Report on vaccination in Madras 1895-1903 - 1895-1903
Year: 1895
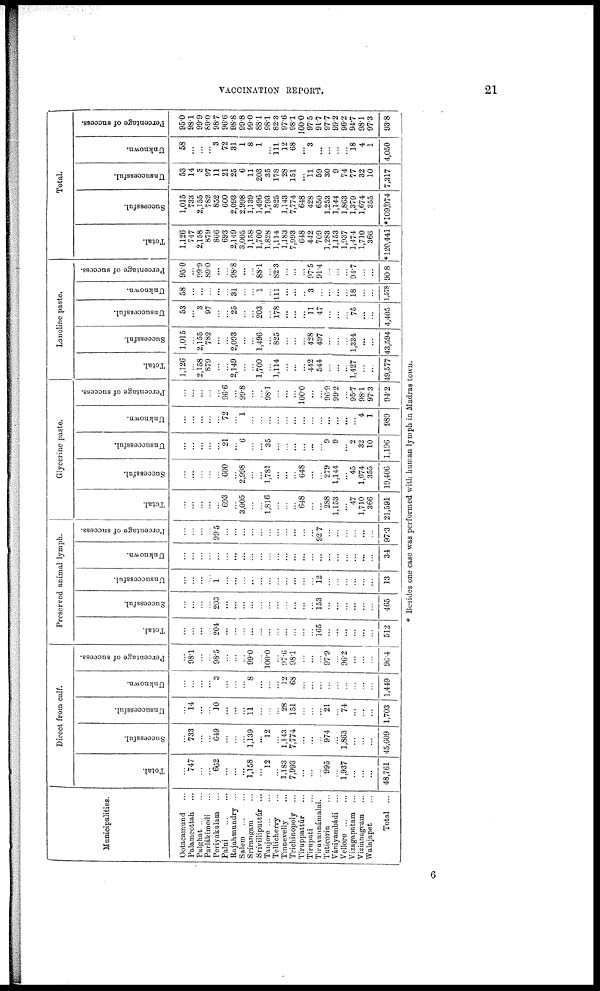
VACCINATION REPORT.
21
Municipalities.
Ootacamund ...
Palamcottah ...
Palghat ... ...
Parlákimedi ...
Periyakulam ...
Palni
...
...
Rajahmundry ...
Salem ... ...
Srírangam ...
Srívilliputtúr ...
Tanjore ... ...
Tellicherry ...
Tinnevelly ...
Trichinopoly ...
Tiruppattúr ...
Tirupati ...
Tiruvannámalai.
Tuticorin ...
Vániyambádi ...
Vellore
...
...
Vizagapatam ...
Vizianagram ...
Walajapet ...
Total ...
Direct from calf.
Total.
...
747
...
...
662
...
...
...
1,158
...
12
...
1,183
7,993
...
...
...
995
...
1,937
...
...
...
48,761
Successful.
...
733
...
...
649
...
...
...
1,139
...
12
...
1,143
7,774
...
...
...
974
...
11,863
...
...
...
45,609
Unsuccessful.
...
14
...
...
10
...
...
...
11
...
...
...
28
151
...
...
...
21
...
74
...
...
...
1,703
Unknown.
...
...
...
...
3
...
...
...
8
...
...
...
12
68
...
...
...
...
...
...
...
...
...
1,449
Percentage of success.
...
98.1
...
...
98.5
...
...
...
99.0
...
100.0
...
97.6
98.1
...
...
...
97.9
...
96.2
...
...
...
96.4
Preserved animal lymph.
Total.
...
...
...
...
204
...
...
...
...
...
...
...
...
...
...
...
165
...
...
...
...
...
...
512
Successful.
...
...
...
...
203
...
...
...
...
...
...
...
...
...
...
...
153
...
...
...
...
...
...
465
Unsuccessful.
...
...
...
...
1
...
...
...
...
...
...
...
...
...
...
...
12
...
...
...
...
...
...
13
Unknown.
...
...
...
...
...
...
...
...
...
...
...
...
...
...
...
...
...
...
...
...
...
...
...
34
Percentage of success.
...
...
...
...
99.5
...
...
...
...
...
...
...
...
...
...
...
92.7
...
...
...
...
...
...
97.3
Glycerine paste.
Total.
...
...
...
...
...
693
...
3,005
...
...
1,816
...
...
...
648
...
...
288
1,153
...
47
1,710
366
21,591
Successful.
...
...
...
...
...
600
...
2,998
...
...
1,781
...
...
...
648
...
...
279
1,144
...
45
1,674
355
19,406
Unsuccessful.
...
...
...
...
...
21
...
6
...
...
35
...
...
...
...
...
...
9
9
...
2
32
10
1,196
Unknown.
...
...
...
...
...
72
...
1
...
...
...
...
...
...
...
...
...
...
...
...
...
4
1
989
Percentage of success.
...
...
...
...
...
96.6
...
99.8
...
...
98.1
...
...
...
100.0
...
...
96.9
99.2
...
95.7
98.1
97.3
94.2
Lanoline paste.
Total.
1,126
...
2,158
879
...
...
2,149
...
...
1,700
...
1,114
...
...
...
442
544
...
...
...
1,427
...
...
49,577
Successful.
1,015
...
2,155
782
...
...
2,093
...
...
1,496
...
825
...
...
...
428
497
...
...
...
1,334
...
...
43,594
Unsuccessful.
53
...
3
97
...
...
25
...
...
203
...
178
...
...
...
11
47
...
...
...
75
...
...
4,405
Unknown.
58
...
...
...
...
...
31
...
...
1
...
111
...
...
...
3
...
...
...
...
18
...
...
1,578
Percentage of success.
95.0
...
99.9
89.0
...
...
98.8
...
...
88.1
...
82.3
...
...
...
97.5
91.4
...
...
...
94.7
...
...
90.8
Total.
Total.
1,126
747
2,158
879
866
693
2,149
3,005
1,158
1,700
1,828
1,114
1,183
7,993
648
442
709
1,283
1,153
1,937
1,474
1,710
366
* 120,441
Successful.
1,015
733
2,155
782
852
600
2,093
2,998
1,139
1,496
1,793
825
1,143
7,774
648
428
650
1,253
1,144
11,863
1,379
1,674
355
*109,074
Unsuccessful.
53
14
3
97
11
21
25
6
11
203
35
178
28
151
...
11
59
30
9
74
77
32
10
7,317
Unknown.
58
...
...
...
3
72
31
1
8
1
...
111
12
68
...
3
...
...
...
...
18
4
1
4,050
Percentage of Success.
95.0
98.1
99.9
89.0
98.7
96.6
98.8
99.8
99.0
88.1
98.1
82.3
97.6
98.1
100.0
97.5
91.7
97.7
99.2
96.2
94.7
98.1
97.3
93.8
* Besides one case was performed with human lymph in Madras town.
6